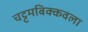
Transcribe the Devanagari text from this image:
चट्टमबिक्कवला